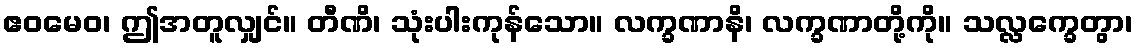
ဧဝမေဝ၊ ဤအတူလျှင်။ တီဏိ၊ သုံးပါးကုန်သော။ လက္ခဏာနိ၊ လက္ခဏာတို့ကို။ သလ္လက္ခေတွာ၊